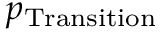
p _ { \mathrm { T r a n s i t i o n } }